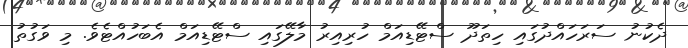
ދެކުނު ސަރަހައްދުގައި ހިތަދޫ ސްޓޭޑިއަމް ހުރިއިރު މާލޭގައި ސްޓޭޑިއަމް އެބަހުއްޓެވެ. މި ވަގުތު